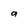
Character: a